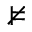
\nvDash